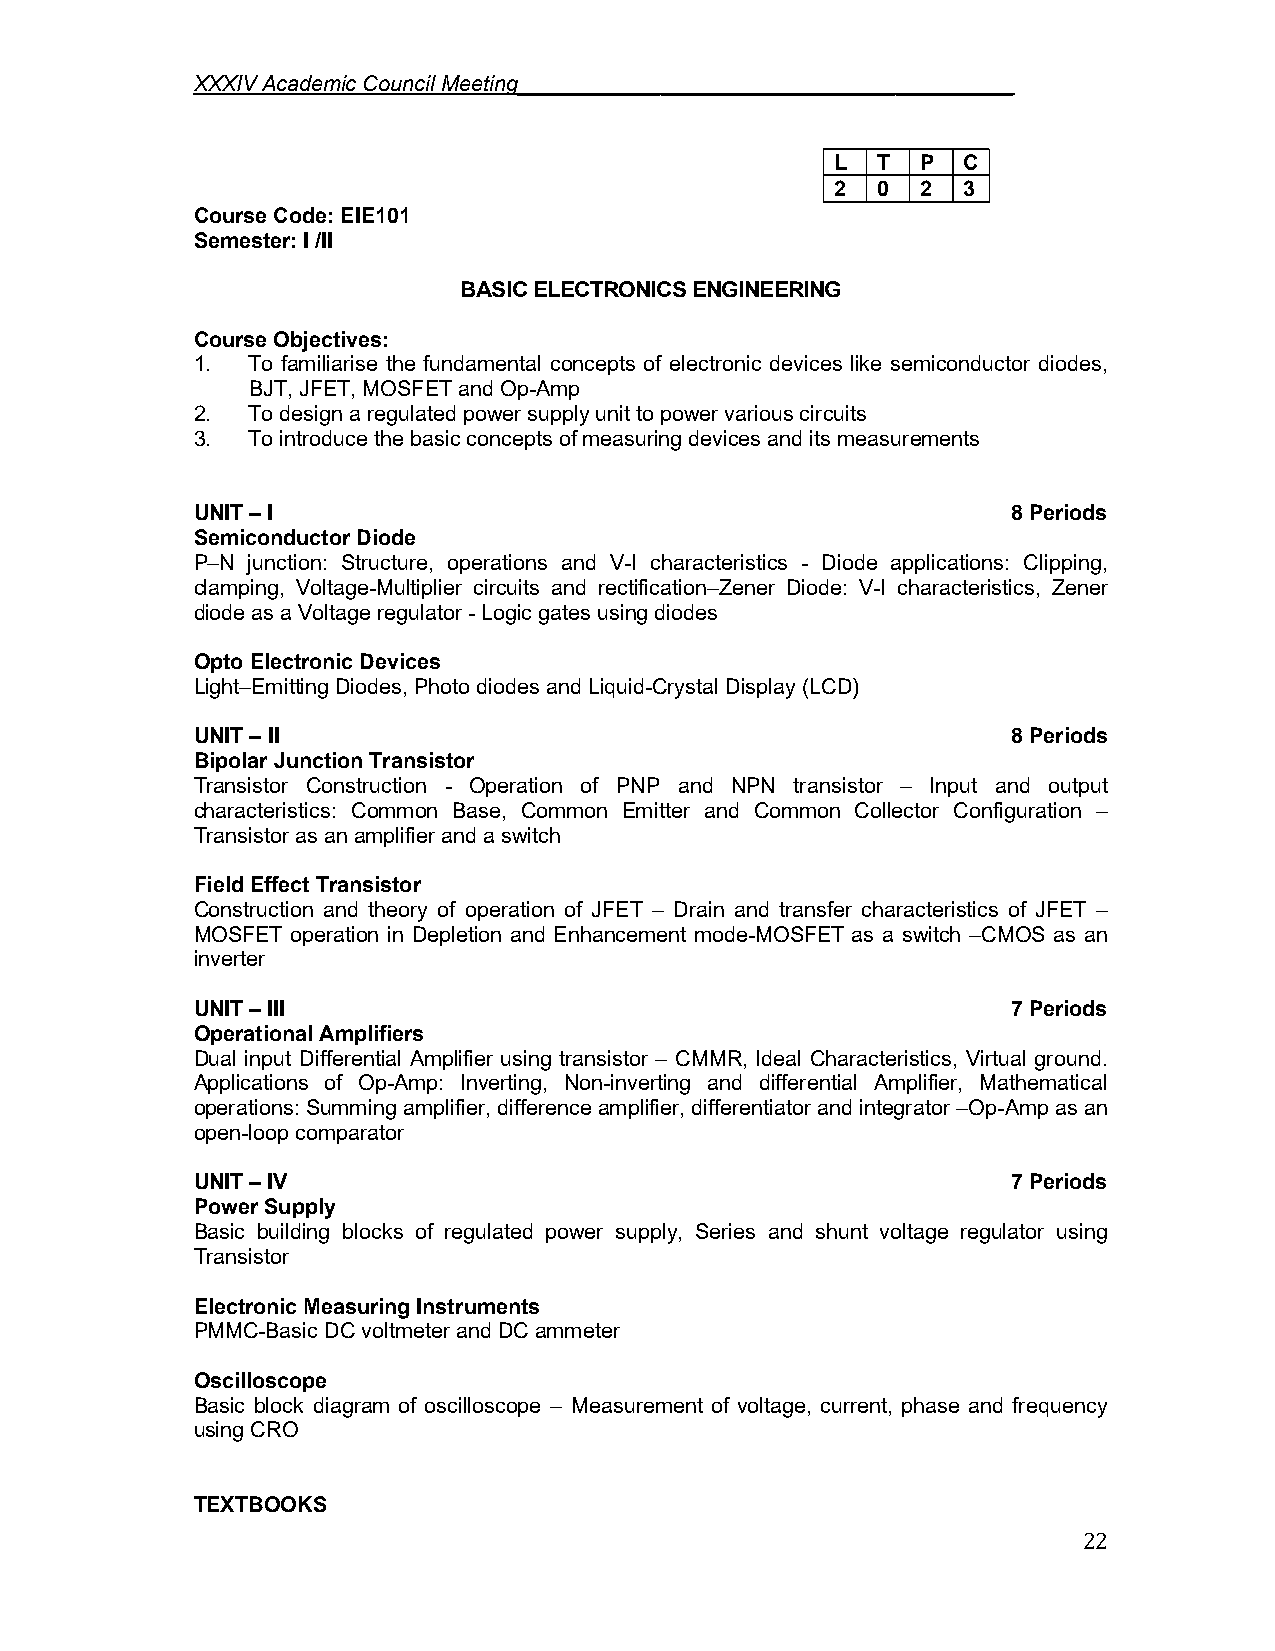
XXXIV Academic Council Meeting______________________________________
 L  T  P  C
 2  0  2  3
 Course Code: EIE101
 Semester: I /II
 BASIC ELECTRONICS ENGINEERING
 Course Objectives:
 1. To familiarise the fundamental concepts of electronic devices like semiconductor diodes,
 BJT, JFET, MOSFET and Op-Amp
 2. To design a regulated power supply unit to power various circuits
 3. To introduce the basic concepts of measuring devices and its measurements
 UNIT – I                                              8 Periods
 Semiconductor Diode
 P–N junction: Structure, operations and V-I characteristics - Diode applications: Clipping,
 clamping, Voltage-Multiplier circuits and rectification–Zener Diode: V-I characteristics, Zener
 diode as a Voltage regulator - Logic gates using diodes
 Opto Electronic Devices
 Light–Emitting Diodes, Photo diodes and Liquid-Crystal Display (LCD)
 UNIT – II                                             8 Periods
 Bipolar Junction Transistor
 Transistor Construction - Operation of PNP and NPN transistor – Input and output
 characteristics: Common Base, Common Emitter and Common Collector Configuration –
 Transistor as an amplifier and a switch
 Field Effect Transistor
 Construction and theory of operation of JFET – Drain and transfer characteristics of JFET –
 MOSFET operation in Depletion and Enhancement mode-MOSFET as a switch –CMOS as an
 inverter
 UNIT – III                                            7 Periods
 Operational Amplifiers
 Dual input Differential Amplifier using transistor – CMMR, Ideal Characteristics, Virtual ground.
 Applications of Op-Amp: Inverting, Non-inverting and differential Amplifier, Mathematical
 operations: Summing amplifier, difference amplifier, differentiator and integrator –Op-Amp as an
 open-loop comparator
 UNIT – IV                                             7 Periods
 Power Supply
 Basic building blocks of regulated power supply, Series and shunt voltage regulator using
 Transistor
 Electronic Measuring Instruments
 PMMC-Basic DC voltmeter and DC ammeter
 Oscilloscope
 Basic block diagram of oscilloscope – Measurement of voltage, current, phase and frequency
 using CRO
 TEXTBOOKS
 22